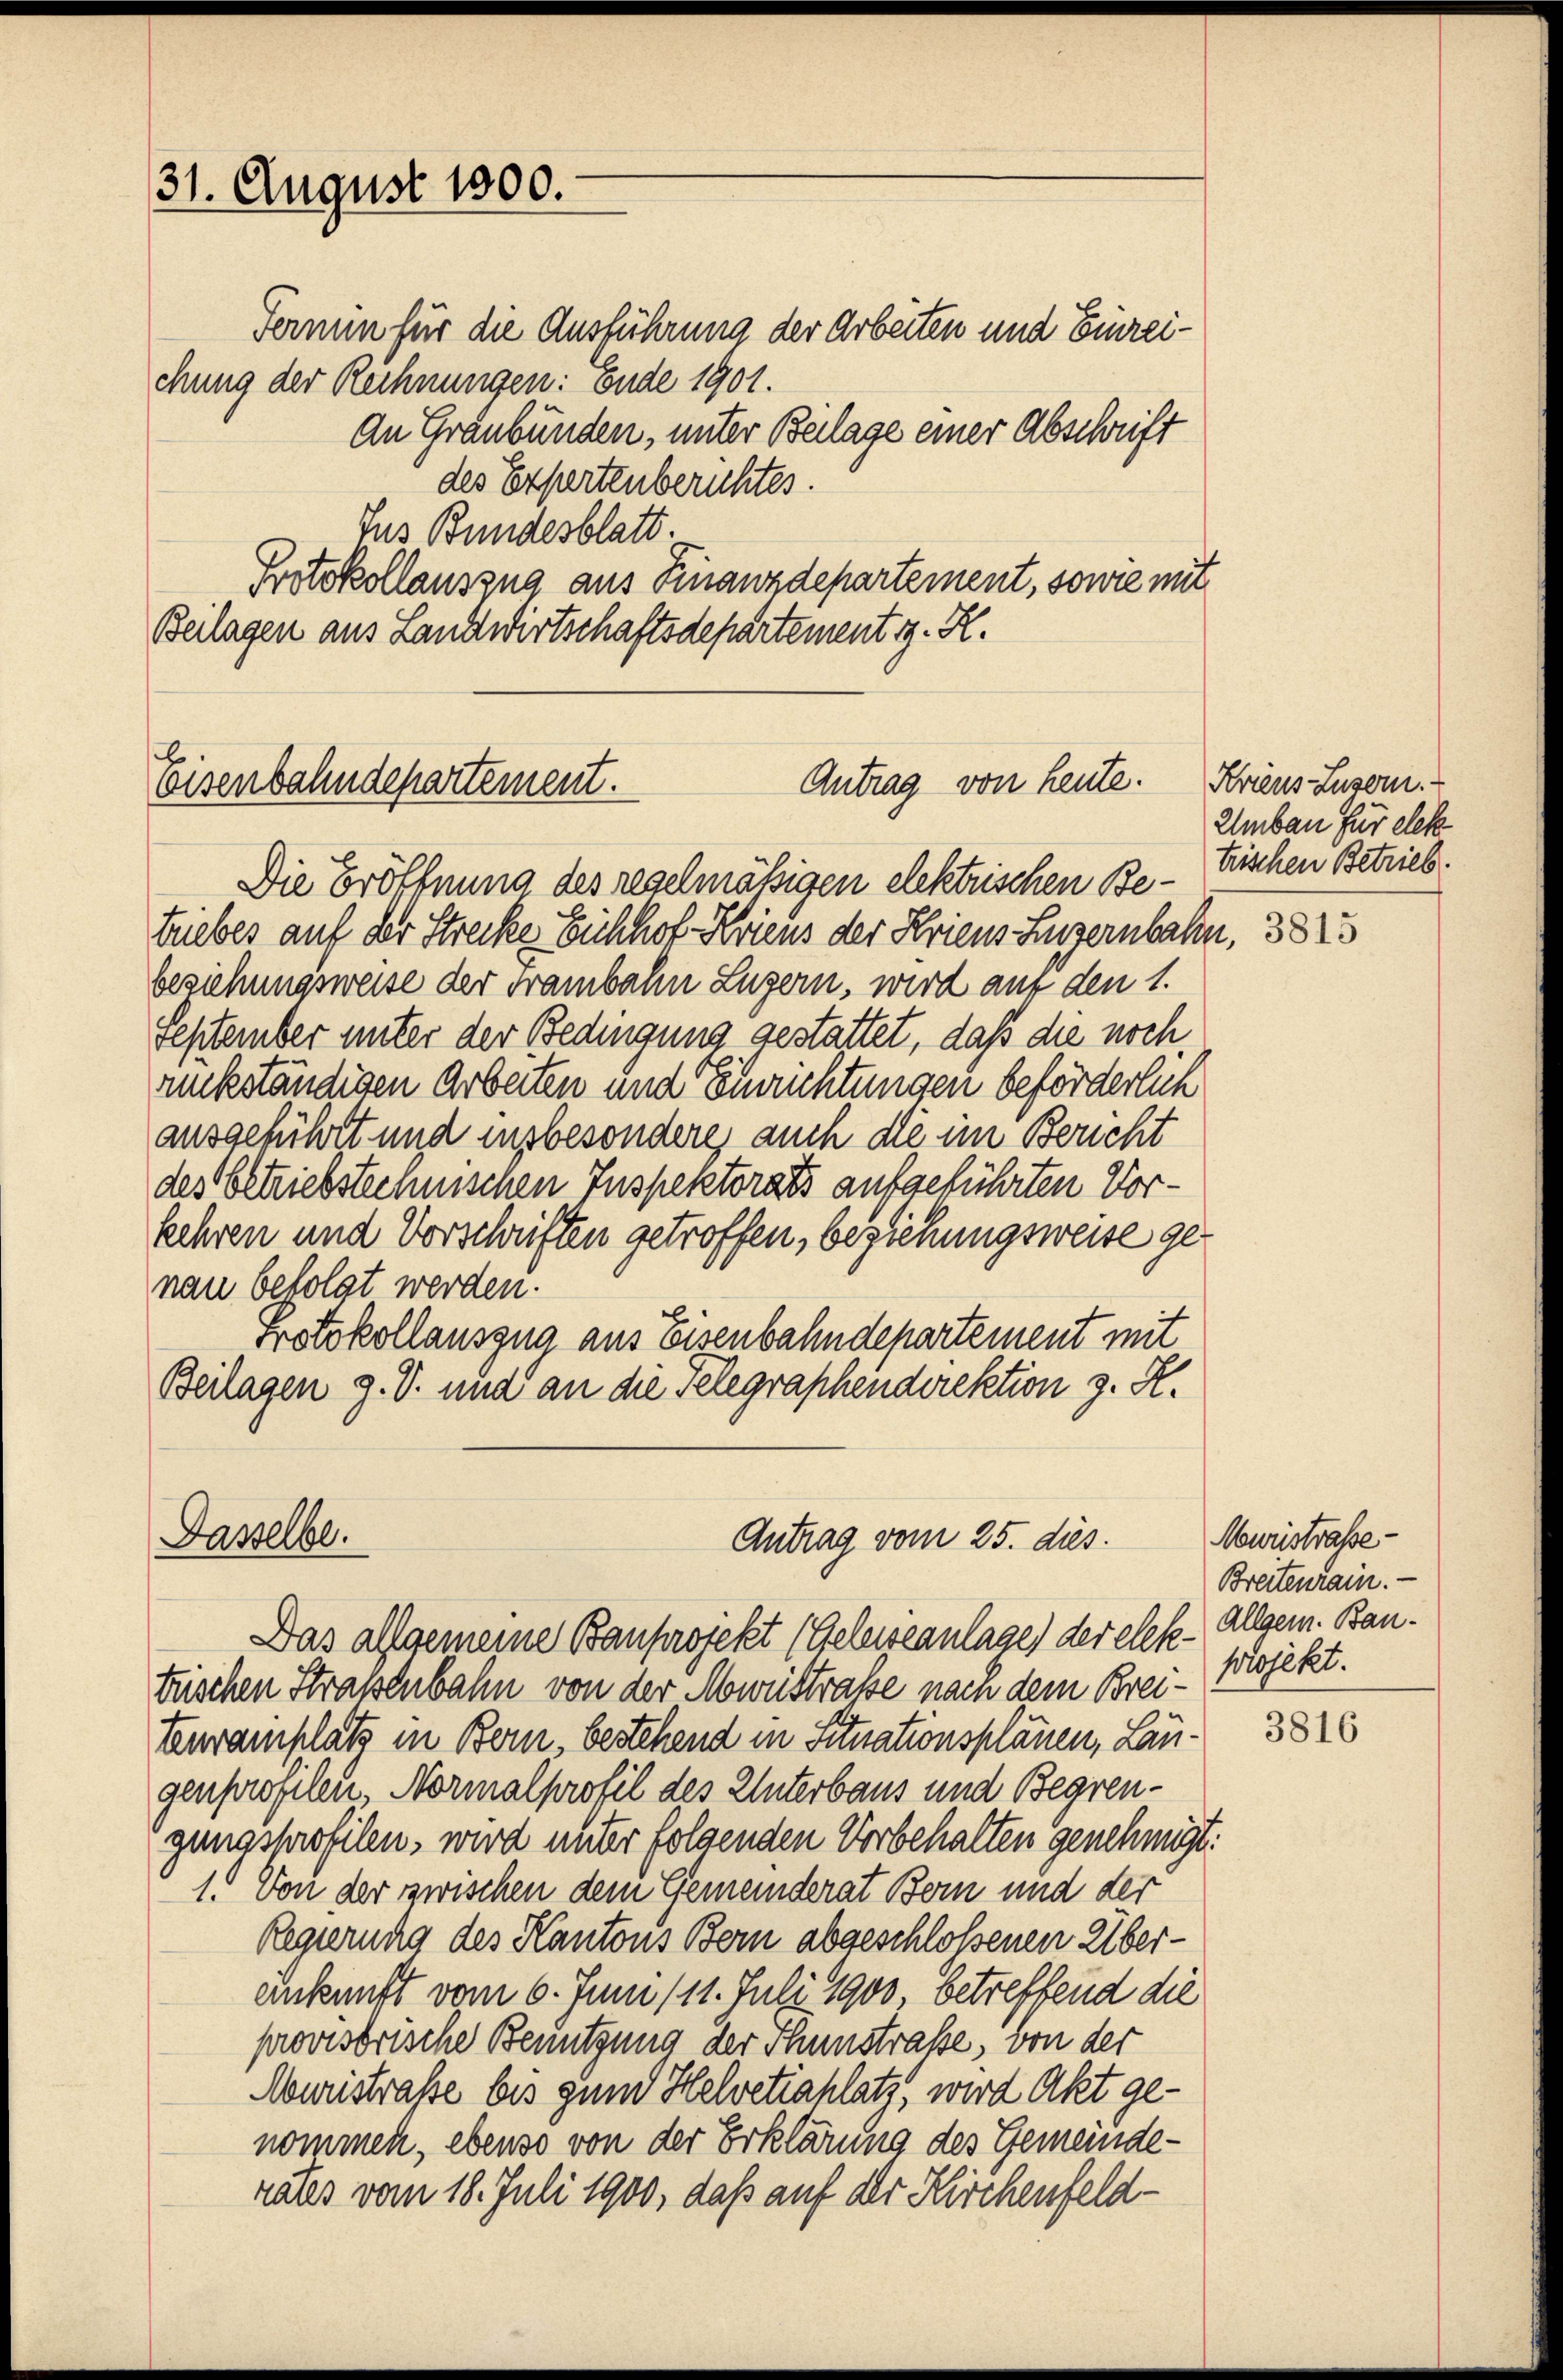
31. August 1800.

Fermin für die Ausführung der Arbeiten und Einreichung der Rechnungen: Ende 1901.
An Graubünden, unter Beilage einer Abschrift
des Expertenberichtes.
Jus Bundesblatt.
Protokollauszug aus Finanzdepartement, sowie mit
Beilagen aus Landwirtschaftsdepartement z. R.

Antrag von heute.
Eisenbahndepartement.

triebes auf der Strecke Eichhof Horens der Kriens Luzernbahn, 382
beziehungsweise der Franbahn Luzern, wird aus den 1.
September unter der Bedingung gestattet, daß die noch
rückständigen Arbeiten und Einrichtungen beförderlich
ausgeführt und insbesonderes auch die im Bericht
des betriebstechnischen Inspektorats aufgeführten Vorkehren und Vorschriften getroffen, beziehungsweise genau befolgt werden.
Protokollauszug aus Eisenbahndepartement mit
Beilagen z. S. und an die Telegraphendirektion z. K.

Dasselbe.

Antrag vom 25. dies

Die Eröffnung des regelmässigen elektrischen Be- Fischen Betrieb

Kriens Luzern.
Umbau für elek

Das allgemeine Bauprojekt (Geleiseanlage der elese. Allgem. Bantrischen Straßenbahn von der Abweistrasse nach dem Kreiteuramplatz in Bern bestehend in Situationsplänen, Laugenprofilen, Normalprofil des Unterbaus und Begrengungsprofilen, wird unter folgenden Vorbehalten genehmigt:
1. Von der zwischen dem Gemeinderat Bern und der
Regierung des Kantons Bern abgeschloßenen Überunkunft vom 6. Juni 111. Juli 1900 betreffend die
provisorische Benutzung der Thunstraße, von der
Muristraße bis zum Helvetiahlatz, wird Akt ge-
nommen, ebenso von der Erklärung des Gemeinde-
rates vom 18. Juli 1900, daß auf der Kirchenfeld¬

Muristrasse
Breitenrain. —
projekt.

3816